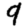
Digit: 9